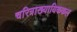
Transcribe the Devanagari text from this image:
चरित्राख्यायिककल